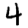
Digit: 4